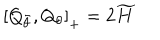
LaTeX: \left[ Q _ { \bar { \theta } } , Q _ { \theta } \right] _ { + } = 2 \widetilde { H }